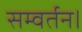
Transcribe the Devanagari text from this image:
सम्वर्तन।